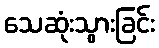
သေဆုံးသွားခြင်း